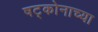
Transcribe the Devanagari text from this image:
षट्कोनाच्या